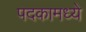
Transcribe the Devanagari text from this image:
पदकामध्ये